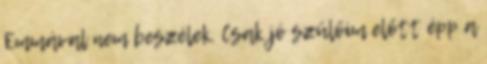
Emmával nem beszélek. Csak jó szülőim előtt épp a